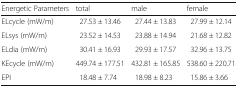
| Energetic Parameters | total | male | female |
 | --- | --- | --- | --- |
 | ELcycle (mW/m) | 27.53 ± 13.46 | 27.44 ± 13.83 | 27.99 ± 12.14 |
 | ELsys (mW/m) | 23.52 ± 14.53 | 23.88 ± 14.94 | 21.68 ± 12.82 |
 | ELdia (mW/m) | 30.41 ± 16.93 | 29.93 ± 17.57 | 32.96 ± 13.75 |
 | KEcycle (mW/m) | 449.74 ± 177.51 | 432.81 ± 165.85 | 538.60 ± 220.71 |
 | EPI | 18.48 ± 7.74 | 18.98 ± 8.23 | 15.86 ± 3.66 |